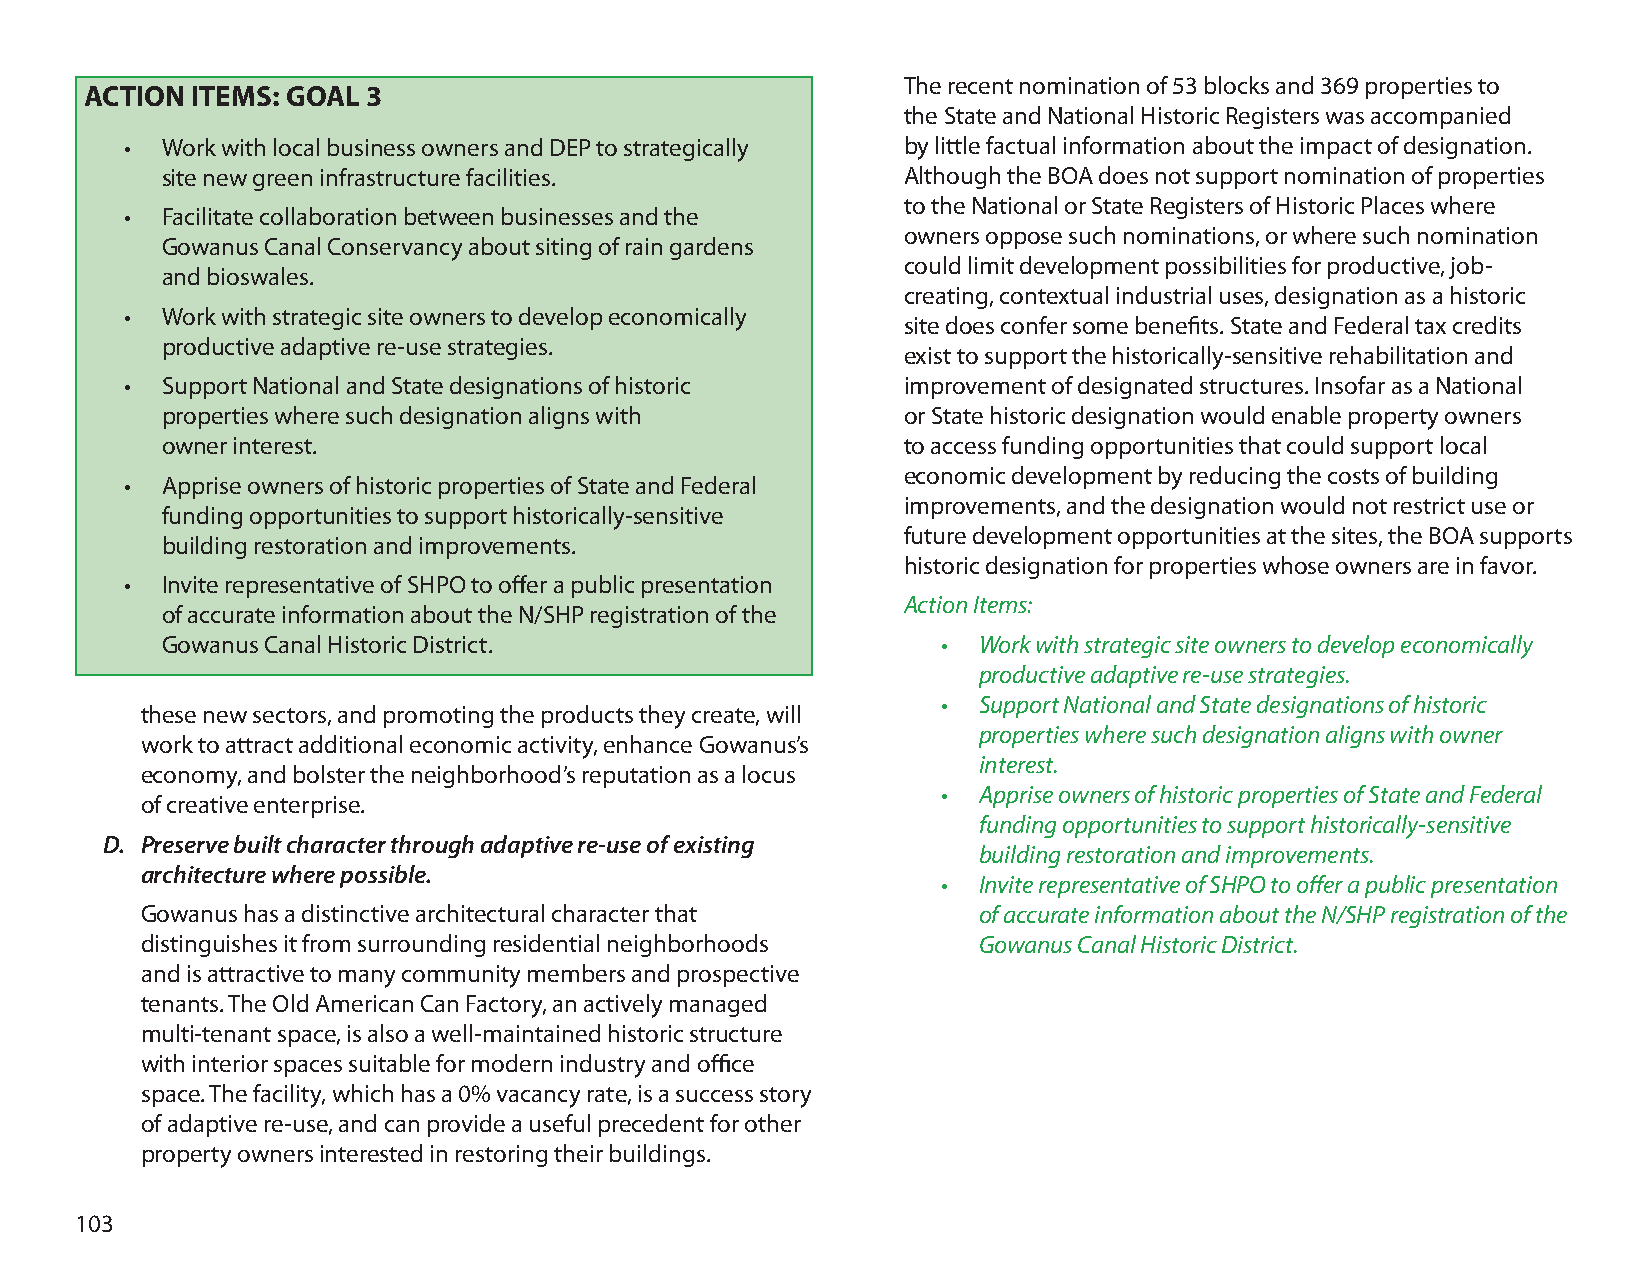
The recent nomination of 53 blocks and 369 properties to
 ACTION ITEMS: GOAL 3
 the State and National Historic Registers was accompanied
 •  Work with local business owners and DEP to strategically by little factual information about the impact of designation.
 site new green infrastructure facilities.        Although the BOA does not support nomination of properties
 to the National or State Registers of Historic Places where
 •  Facilitate collaboration between businesses and the
 owners oppose such nominations, or where such nomination
 Gowanus Canal Conservancy about siting of rain gardens
 could limit development possibilities for productive, job-
 and bioswales.
 creating, contextual industrial uses, designation as a historic
 •  Work with strategic site owners to develop economically
 site does confer some benefits. State and Federal tax credits
 productive adaptive re-use strategies.
 exist to support the historically-sensitive rehabilitation and
 •  Support National and State designations of historic improvement of designated structures. Insofar as a National
 properties where such designation aligns with    or State historic designation would enable property owners
 owner interest.                                  to access funding opportunities that could support local
 economic development by reducing the costs of building
 •  Apprise owners of historic properties of State and Federal
 improvements, and the designation would not restrict use or
 funding opportunities to support historically-sensitive
 future development opportunities at the sites, the BOA supports
 building restoration and improvements.
 historic designation for properties whose owners are in favor.
 •  Invite representative of SHPO to offer a public presentation
 Action Items:
 of accurate information about the N/SHP registration of the
 Gowanus Canal Historic District.                   •  Work with strategic site owners to develop economically
 productive adaptive re-use strategies.
 •  Support National and State designations of historic
 these new sectors, and promoting the products they create, will
 properties where such designation aligns with owner
 work to attract additional economic activity, enhance Gowanus’s
 interest.
 economy, and bolster the neighborhood’s reputation as a locus
 •  Apprise owners of historic properties of State and Federal
 of creative enterprise.
 funding opportunities to support historically-sensitive
 D. Preserve built character through adaptive re-use of existing
 building restoration and improvements.
 architecture where possible.
 •  Invite representative of SHPO to offer a public presentation
 Gowanus has a distinctive architectural character that  of accurate information about the N/SHP registration of the
 distinguishes it from surrounding residential neighborhoods Gowanus Canal Historic District.
 and is attractive to many community members and prospective
 tenants. The Old American Can Factory, an actively managed
 multi-tenant space, is also a well-maintained historic structure
 with interior spaces suitable for modern industry and office
 space. The facility, which has a 0% vacancy rate, is a success story
 of adaptive re-use, and can provide a useful precedent for other
 property owners interested in restoring their buildings.
 103